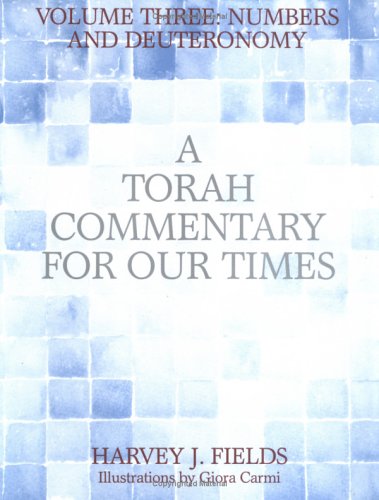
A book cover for A Torah Commentary for Our Times: Numbers and Deuteronomy (Fields, Harvey J//Torah Commentary for Our Times); Harvey J. Fields; Teen & Young Adult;